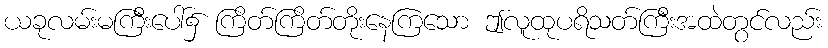
ယခုလမ်းမကြီးပေါ်၌ ကြိတ်ကြိတ်တိုးနေကြသော ဤလူထုပရိသတ်ကြီးအထဲတွင်လည်း